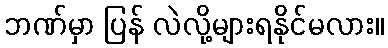
ဘဏ်မှာ ပြန် လဲလို့များရနိုင်မလား။